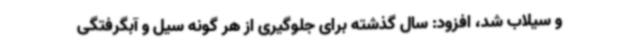
و سیلاب شد، افزود: سال گذشته برای جلوگیری از هر گونه سیل و آبگرفتگی